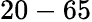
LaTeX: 20-65